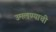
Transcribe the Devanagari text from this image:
उमलण्याची